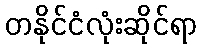
တနိုင်ငံလုံးဆိုင်ရာ